Causation and prevention of malarial fevers: a statement of the results of researches drawn up for the use of assistant surgeons, hospital assistants and students
Disease focus: Malaria
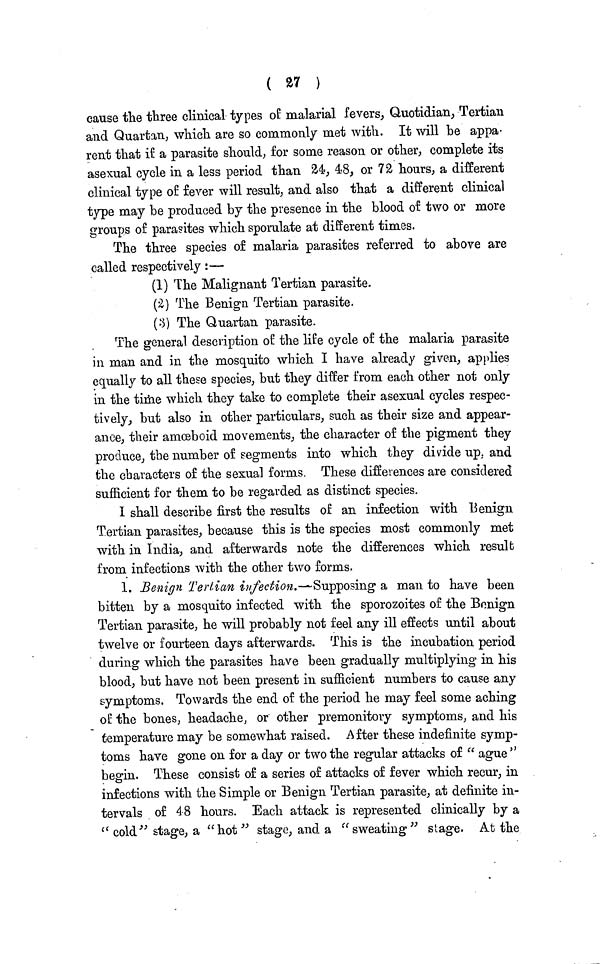
( 27 )
cause the three clinical types of malarial fevers, Quotidian, Tertian
and Quartan, which are so commonly met with. It will he appa-
rent that if a parasite should, for some reason or other, complete its
asexual cycle in a less period than 24, 48, or 72 hours, a different
clinical type of fever will result, and also that a different clinical
type may be produced by the presence in the blood of two or more
groups of parasites which sporulate at different times.
The three species of malaria parasites referred to above are
called respectively:—
(1) The Malignant Tertian parasite.
(2) The Benign Tertian parasite.
(3) The Quartan parasite.
The general description of the life cycle of the malaria parasite
in man and in the mosquito which I have already given, applies
equally to all these species, but they differ from each other not only
in the time which they take to complete their asexual cycles respec-
tively, but also in other particulars, such as their size and appear-
ance, their amoeboid movements, the character of the pigment they
produce, the number of segments into which they divide up. and
the characters of the sexual forms. These differences are considered
sufficient for them to be regarded as distinct species.
1 shall describe first the results of an infection with Benign
Tertian parasites, because this is the species most commonly met
with in India, and afterwards note the differences which result
from infections with the other two forms.
1. Benign Tertian infection.—Supposing a man to have been
bitten by a mosquito infected with the sporozoites of the Benign
Tertian parasite, he will probably not feel any ill effects until about
twelve or fourteen days afterwards. This is the incubation period
during which the parasites have been gradually multiplying in his
blood, but have not been present in sufficient numbers to cause any
symptoms. Towards the end of the period he may feel some aching
of the bones, headache, or other premonitory symptoms, and his
temperature may be somewhat raised. After these indefinite symp-
toms have gone on for a day or two the regular attacks of " ague "
begin. These consist of a series of attacks of fever which recur, in
infections with the Simple or Benign Tertian parasite, at definite in-
tervals of 48 hours. Each attack is represented clinically by a
" cold" stage, a "hot" stage, and a "sweating" stage. At the